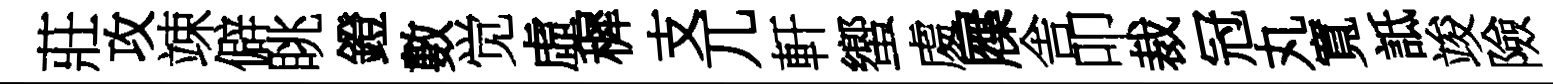
莊攻竦僻眺鐙數觉虛穉支兀軒蠁䖏屧舎叩裁冠丸寬詆竣險